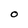
Character: O